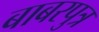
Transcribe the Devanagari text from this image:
बाबरपुत्र